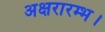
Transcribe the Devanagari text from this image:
अक्षरारम्भ।